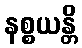
နစ္စယန္တိ